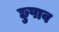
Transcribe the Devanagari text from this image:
छुपाव